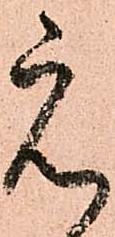
え